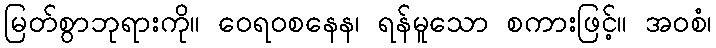
မြတ်စွာဘုရားကို။ ဝေရဝစနေန၊ ရန်မူသော စကားဖြင့်။ အဝစံ၊